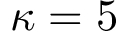
\kappa = 5